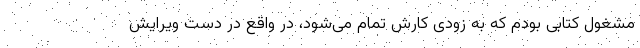
مشغول کتابی بودم که به زودی کارش تمام می‌شود، در واقع در دست ویرایش